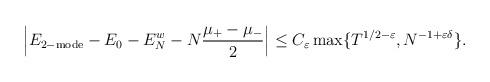
LaTeX: \begin{align*} \Big| E_{2-\mathrm{mode}} - E_0-E^w_N-N\frac{\mu_+-\mu_-}{2}\Big|\le C_\varepsilon\max\{ T^{1/2-\varepsilon},N^{-1+\varepsilon\delta} \}.\end{align*}